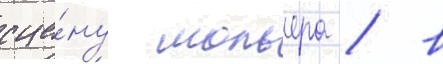
сце́ну мольера / в